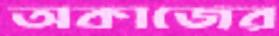
অকাজের